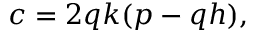
c = 2 q k ( p - q h ) ,